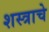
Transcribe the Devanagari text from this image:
शस्त्राचे